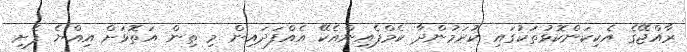
ރާއްޖޭގެ އެކިކަންކޮޅުތަކުގައި ކުރަމުންދާ ކެމްޕެއިންއެކޭ އެއްފަދައިން މި ތިން އަތޮޅަށް އިއްޔެ ފެށި